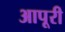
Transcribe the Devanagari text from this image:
आपूरी